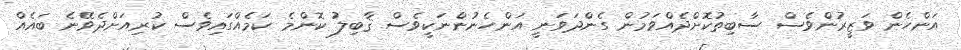
އަންހެން ވަޒީރުންވެސް ސާބިތުކޮށްދެއްވަމުން ގެންދަވަނީ އަންހެނުންނަކީވެސް ޤާބިލު ކޮންމެ ކަމެއްގައިވެސް ކުރިއަށްދެވޭނެ ބައެއް